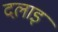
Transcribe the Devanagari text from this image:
दलाइ